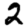
Digit: 2